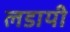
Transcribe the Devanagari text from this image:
लडायी